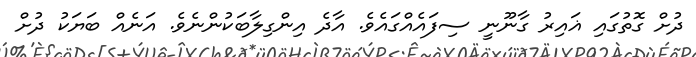
ދުށް ގޮތުގައި ޣައިރު ގާނޫނީ ސިފައެއްގައެވެ. އާދެ އިންގިލާބަކުންނެވެ. އަނެއް ބަޔަކު ދުށް